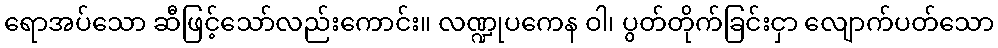
ရောအပ်သော ဆီဖြင့်သော်လည်းကောင်း။ လဏ္ဍုပကေန ဝါ၊ ပွတ်တိုက်ခြင်းငှာ လျောက်ပတ်သော